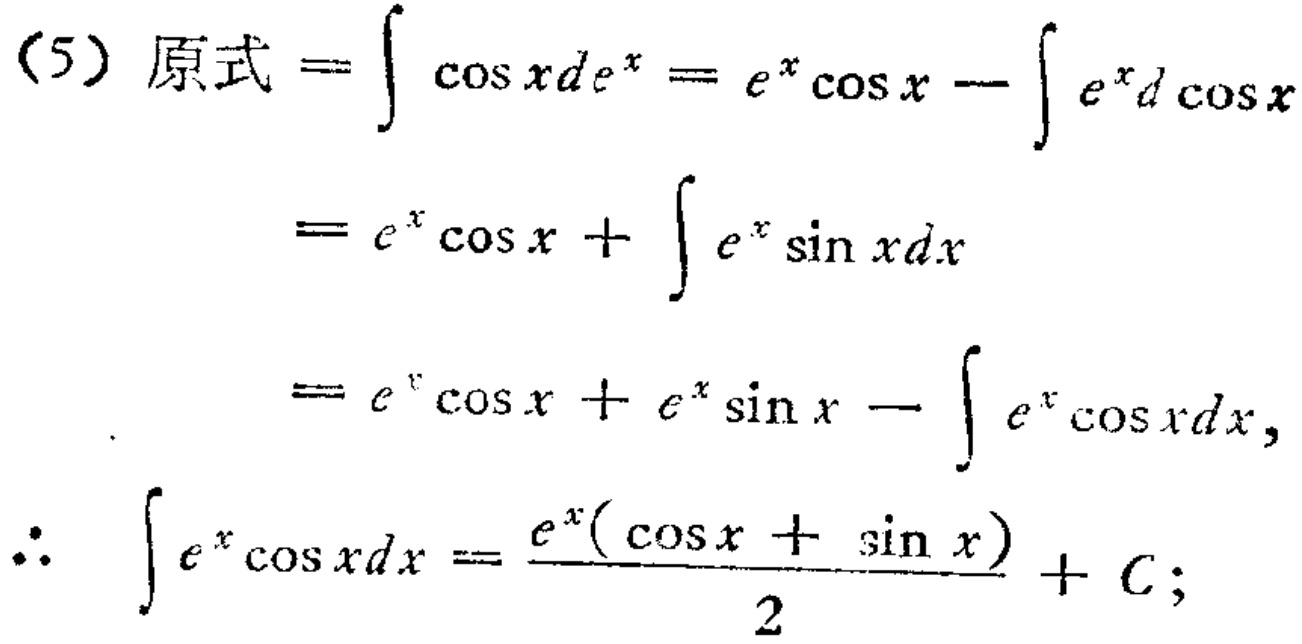
\begin{align*}

(5)\ 原式&=\int \cos xd e^{x}=e^{x}\cos x-\int e^{x}d\cos x\\

&=e^{x}\cos x+\int e^{x}\sin xdx\\

&=e^{x}\cos x + e^{x}\sin x-\int e^{x}\cos xdx,\\

\therefore\ \int e^{x}\cos xdx&=\frac{e^{x}(\cos x+\sin x)}{2}+C;

\end{align*}